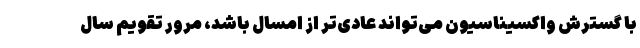
با گسترش واکسیناسیون می‌تواند عادی‌تر از امسال باشد، مرور تقویم سال